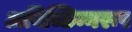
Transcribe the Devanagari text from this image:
अविच्छिन्नरूप